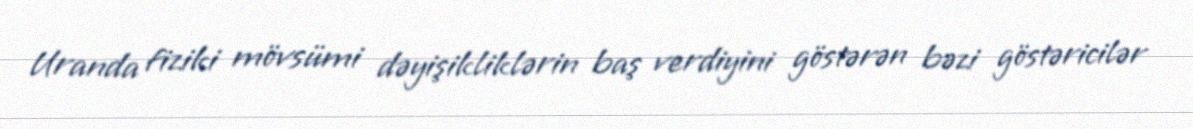
Uranda fiziki mövsümi dəyişikliklərin baş verdiyini göstərən bəzi göstəricilər